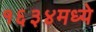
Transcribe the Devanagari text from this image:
१६३४मध्ये